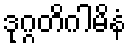
ဒုဂ္ဂတိဂါမိနံ